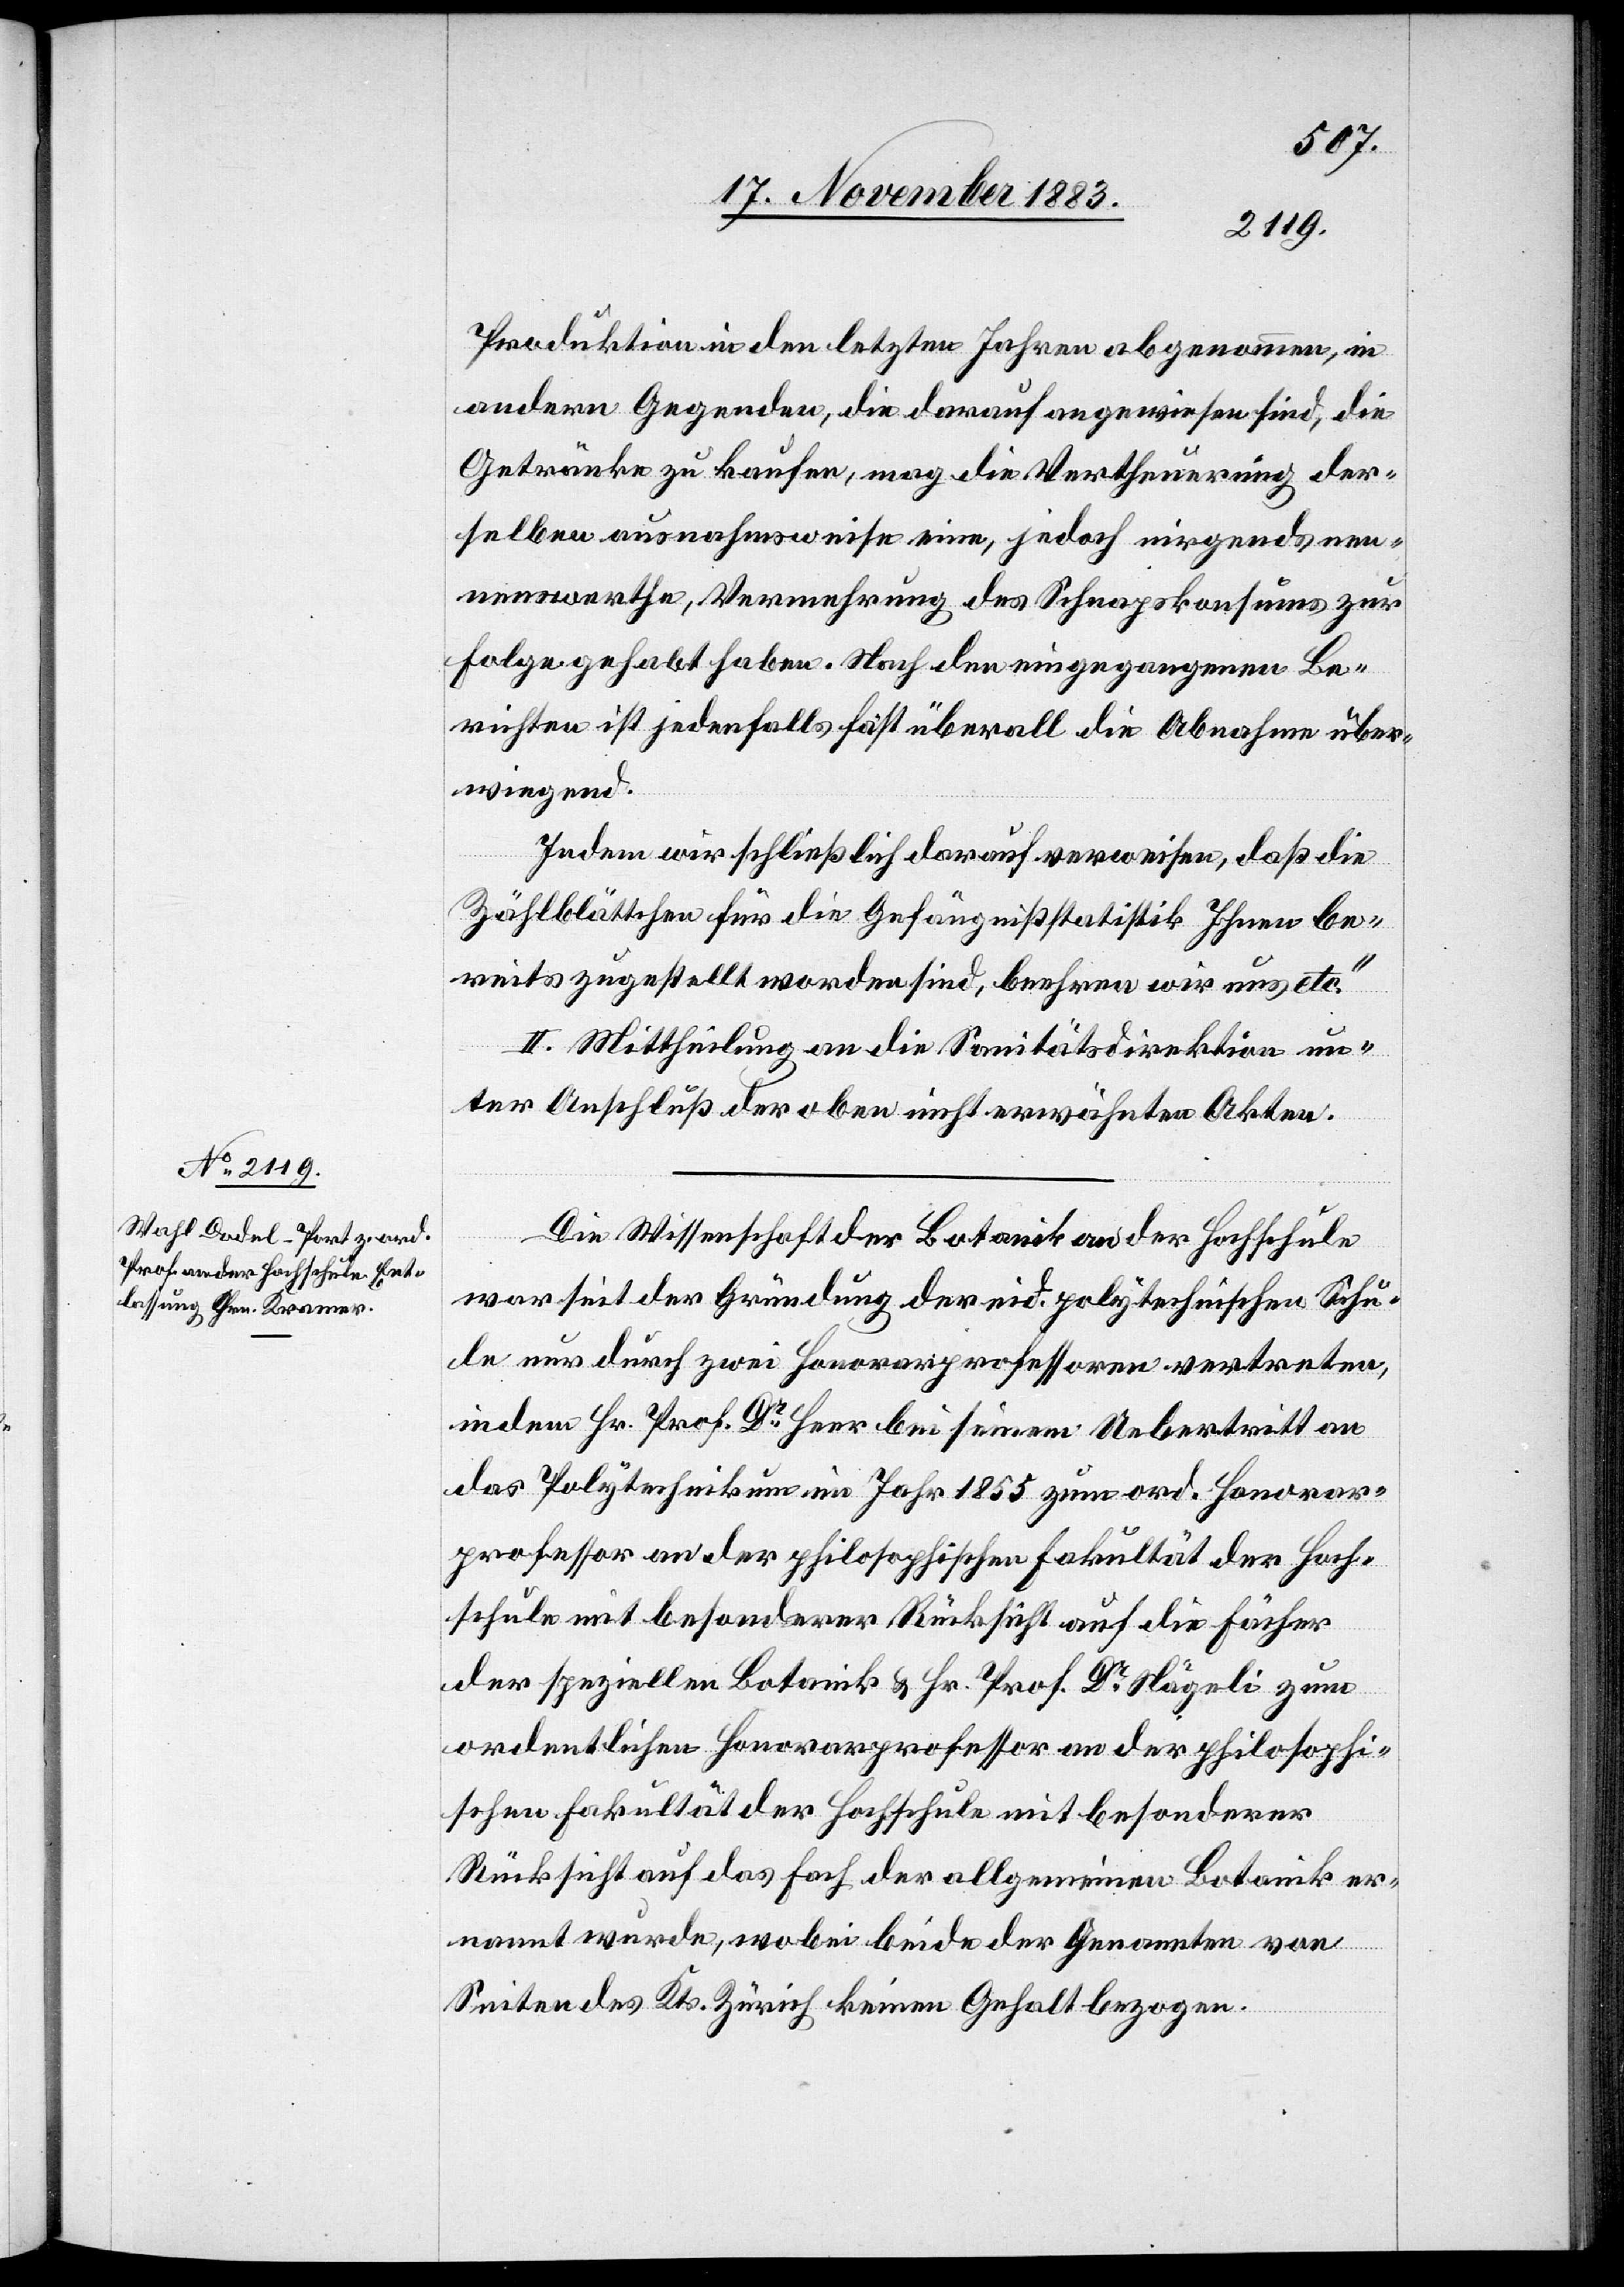
Produktion in den letzten Jahren abgenommen, in
andern Gegenden, die darauf angewiesen sind, die
Getränke zu kaufen, mag die Vertheuerung der¬
selben ausnahmsweise eine, jedoch nirgends nen¬
nenswerthe, Vermehrung des Schnapskonsums zur
Folge gehabt haben. Nach den eingegangenen Be¬
richten ist jedenfalls fast überall die Abnahme über¬
wiegend.
Indem wir schließlich darauf verweisen, daß die
Zählblättchen für die Gefängnißstatistik Ihnen be¬
reits zugestellt worden sind, beehren wir uns etc.“
II. Mittheilung an die Sanitätsdirektion un¬
ter Anschluß der oben nicht erwähnten Akten.
Die Wissenschaft der Botanik an der Hochschule
war seit der Gründung der eid. polytechnischen Schu¬
le nur durch zwei Honorarprofessoren vertreten,
in dem Hr. Prof. Dr Heer bei seinem Uebertritt an
das Polytechnikum im Jahr 1855 zum ord. Honorar¬
professor an der philosophischen Fakultät der Hoch¬
schule mit besonderer Rücksicht auf die Fächer
der speziellen Botanik & Hr. Prof. Dr Nägeli zum
ordentlichen Honorarprofessor an der philosophi¬
schen Fakultät der Hochschule mit besonderer
Rücksicht auf das Fach der allgemeinen Botanik er¬
nannt wurde, wobei beide der Genannten von
Seiten des Kts. Zürich keinen Gehalt bezogen.